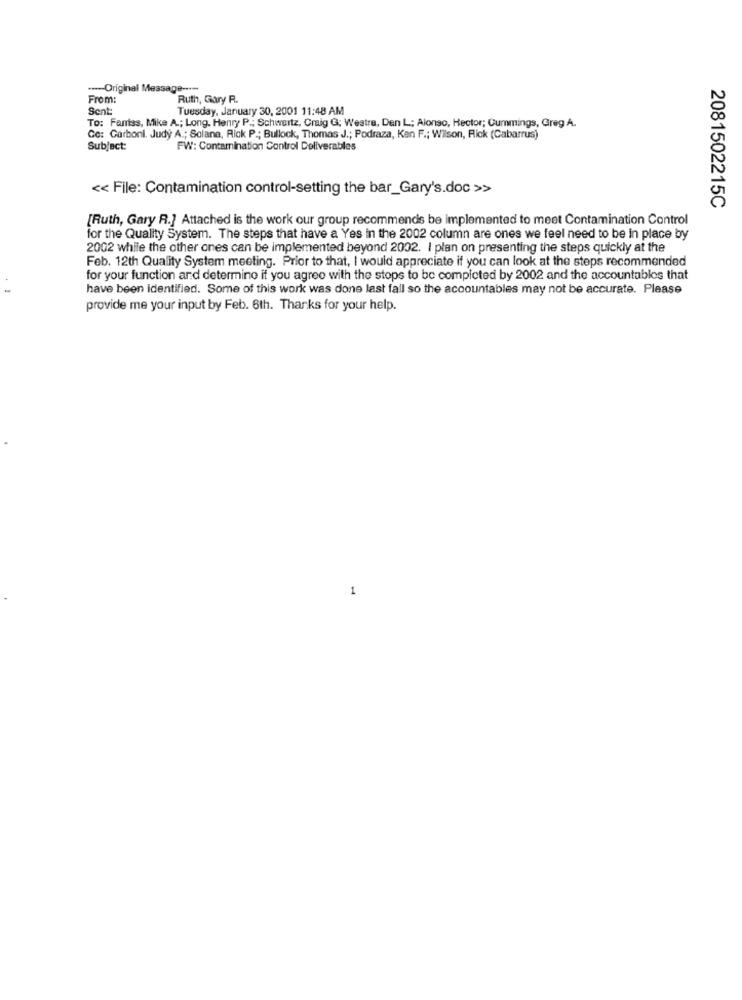
----- Original Message ----
From:
Ruth, Gary R.
Sent:
Tuesday, January 30, 2001 11:48 AM
To: Fantas, Mike A .; Long. Henry P .; Schwartz, Craig G; Westra, Den L; Alonso, Hector; Cummings, Greg A.
Go: Carboni. Judy A .; Solana, Rick P .; Bullock, Thomas J .; Podraza, Kan F .; Wilson, Rick (Cabarrus)
Subject:
FW: Contamination Control Deliverables
<< File: Contamination control-setting the bar_Gary's.doc >>
2081502215C
[Ruth, Gary R.] Attached is the work our group recommends be implemented to meet Contamination Control
for the Quality System. The steps that have a Yes in the 2002 column are ones we feel need to be in place by
2002 while the other ones can be implemented beyond 2002. I plan on presenting the steps quickly at the
Feb. 12th Quality System meeting. Prior to that, I would appreciate if you can look at the steps recommended
for your function and determine if you agree with the stops to be completed by 2002 and the accountables that
have been identified. Some of this work was done last fall so the accountables may not be accurate. Please
provide me your input by Feb. 6th. Thanks for your help.
1